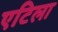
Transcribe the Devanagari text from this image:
एटिला